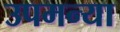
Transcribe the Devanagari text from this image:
उपमन्या